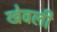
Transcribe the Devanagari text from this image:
खेवली